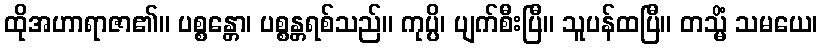
ထိုအဟာရာဇာ၏။ ပစ္စန္တော၊ ပစ္စန္တရစ်သည်။ ကုပ္ပိ၊ ပျက်စီးပြီ။ သူပန်ထပြီ။ တသ္မိံ သမယေ၊